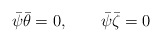
\begin{align*}\bar\psi \bar\theta =0,\qquad\bar\psi \bar\zeta =0\end{align*}